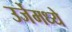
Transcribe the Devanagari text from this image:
उर्जेमध्ये